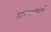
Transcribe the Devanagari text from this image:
मणिक्यस्वामी